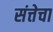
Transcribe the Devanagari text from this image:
संत्तेचा